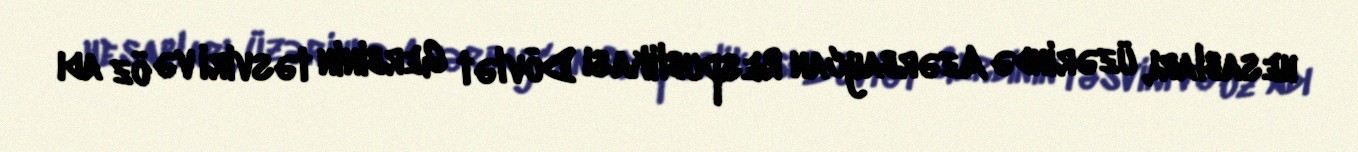
hesabları, üzərində Azərbaycan Respublikası Dövlət Gerbinin təsviri və öz adı